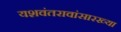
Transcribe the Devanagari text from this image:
यशवंतरावांसारख्या